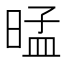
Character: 𰖕